Leprosy in India: report of the Leprosy Commission in India, 1890-91
Year: 1890
Disease focus: Leprosy
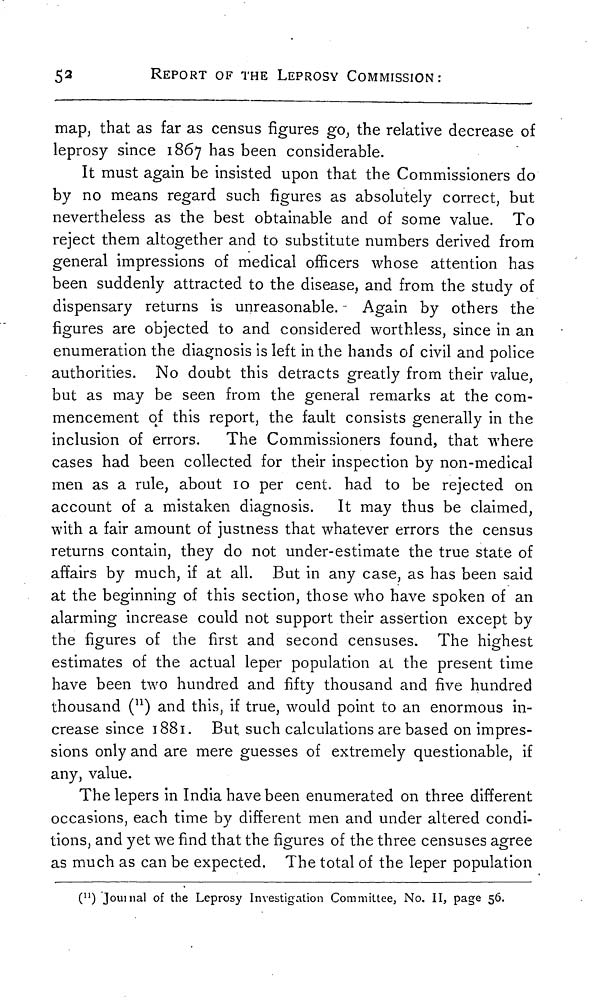
52
REPORT OF THE LEPROSY COMMISSION:
map, that as far as census figures go, the relative decrease of
leprosy since 1867 has been considerable.
It must again be insisted upon that the Commissioners do
by no means regard such figures as absolutely correct, but
nevertheless as the best obtainable and of some value. To
reject them altogether and to substitute numbers derived from
general impressions of medical officers whose attention has
been suddenly attracted to the disease, and from the study of
dispensary returns is unreasonable. Again by others the
figures are objected to and considered worthless, since in an
enumeration the diagnosis is left in the hands of civil and police
authorities. No doubt this detracts greatly from their value,
but as may be seen from the general remarks at the com-
mencement of this report, the fault consists generally in the
inclusion of errors.
The Commissioners found, that where
cases had been collected for their inspection by non-medical
men as a rule, about 10 per cent, had to be rejected on
account of a mistaken diagnosis. It may thus be claimed,
with a fair amount of justness that whatever errors the census
returns contain, they do not under-estimate the true state of
affairs by much, if at all. But in any case, as has been said
at the beginning of this section, those who have spoken of an
alarming increase could not support their assertion except by
the figures of the first and second censuses. The highest
estimates of the actual leper population at the present time
have been two hundred and fifty thousand and five hundred
thousand ( 11 ) and this, if true, would point to an enormous in-
crease since 1881. But such calculations are based on impres-
sions only and are mere guesses of extremely questionable, if
any, value.
The lepers in India have been enumerated on three different
occasions, each time by different men and under altered condi-
tions, and yet we find that the figures of the three censuses agree
as much as can be expected. The total of the leper population
( 11 ) Journal of the Leprosy Investigation Committee, No. II, page 56.